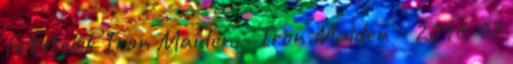
feltételek Iron Maiden - Iron Maiden - 2016 07